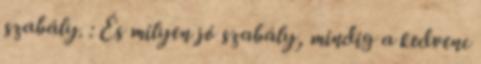
szabály. : És milyen jó szabály, mindig a kedvenc